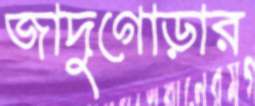
জাদুগোড়ার